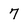
Character: 7